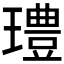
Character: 𰢓